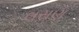
લસણ